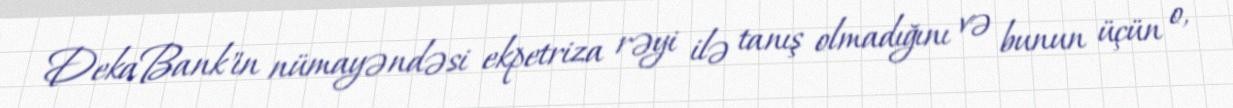
DekaBank"ın nümayəndəsi ekpetriza rəyi ilə tanış olmadığını və bunun üçün o,